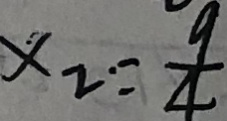
x _ { 2 } = \frac { 9 } { 4 }